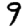
Digit: 9